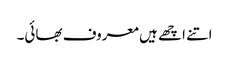
اتنے اچھے ہیں معروف بھائی۔